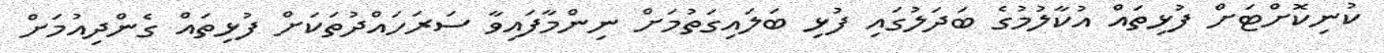
ކުނިކޮށްޓަށް ފުޅިތައް އުކާލުމުގެ ބަދަލުގައި ފުޅި ބަލައިގަތުމަށް ނިންމާފައިވާ ސަރަހައްދުތަކަށް ފުޅިތައް ގެންދިއުމަށް